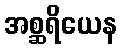
အစ္ဆရိယေန